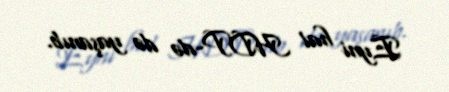
Eyni hal HDP-də də yaşanıb.